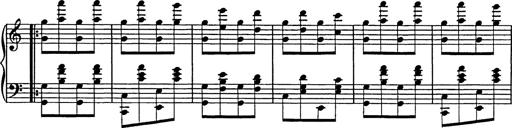
Title: Galop in A minor
Composer: Franz Liszt
Key: A minor